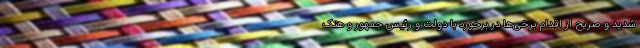
شدید و صریح از اقدام برخی‌ها در برخورد با دولت و رئیس جمهور و هتک